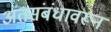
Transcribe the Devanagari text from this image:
अंतसंबंधावरून